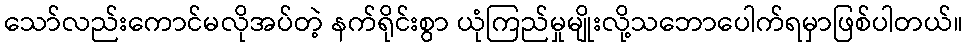
သော်လည်းကောင်မလိုအပ်တဲ့ နက်ရိုင်းစွာ ယုံကြည်မှုမျိုးလို့သဘောပေါက်ရမှာဖြစ်ပါတယ်။